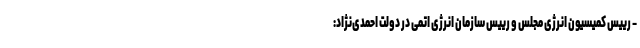
- رییس کمیسیون انرژی مجلس و رییس سازمان انرژی اتمی در دولت احمدی‌نژاد: